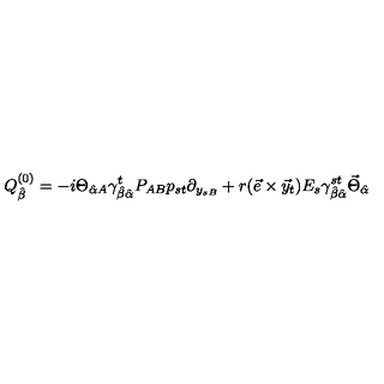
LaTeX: Q _ { \hat { \beta } } ^ { ( 0 ) } = - i \Theta _ { \hat { \alpha } A } \gamma _ { \hat { \beta } \hat { \alpha } } ^ { t } P _ { A B } p _ { s t } \partial _ { y _ { s B } } + r ( \vec { e } \times \vec { y } _ { t } ) E _ { s } \gamma _ { \hat { \beta } \hat { \alpha } } ^ { s t } \vec { \Theta } _ { \hat { \alpha } }